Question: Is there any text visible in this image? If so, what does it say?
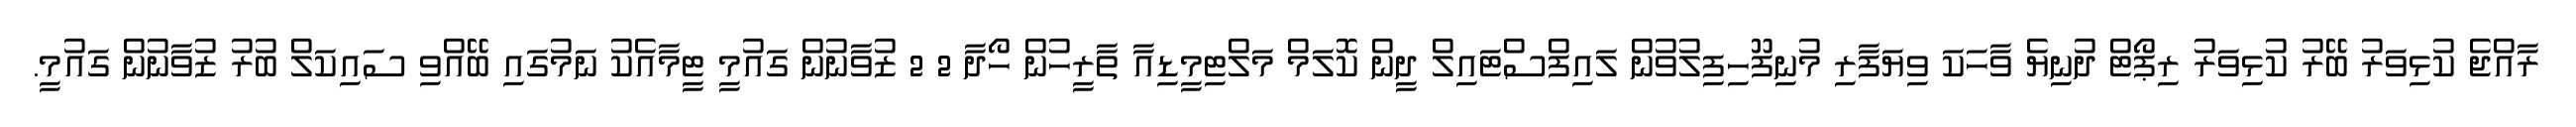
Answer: ރާއްޖެ ކުޅިވަރު ބޭރު ކުޅިވަރު ރިޕޯޓް ދުނިޔެ ވާހަކަ ވިޔަފާރި މުނިފޫހިފިލުވުން ލައިފްސްޓައިލް ދީން ކޮލަމް މަލްޓިމީޑިއާ ތާރީހުން ހޯދާ 2 2 ޒުވާނުން ގައުމީ ޓީމާއެކު ނަމުގައި ބޭއްވި ސައިކަލް ބުރު ޒުވާނުން ގައުމީ.